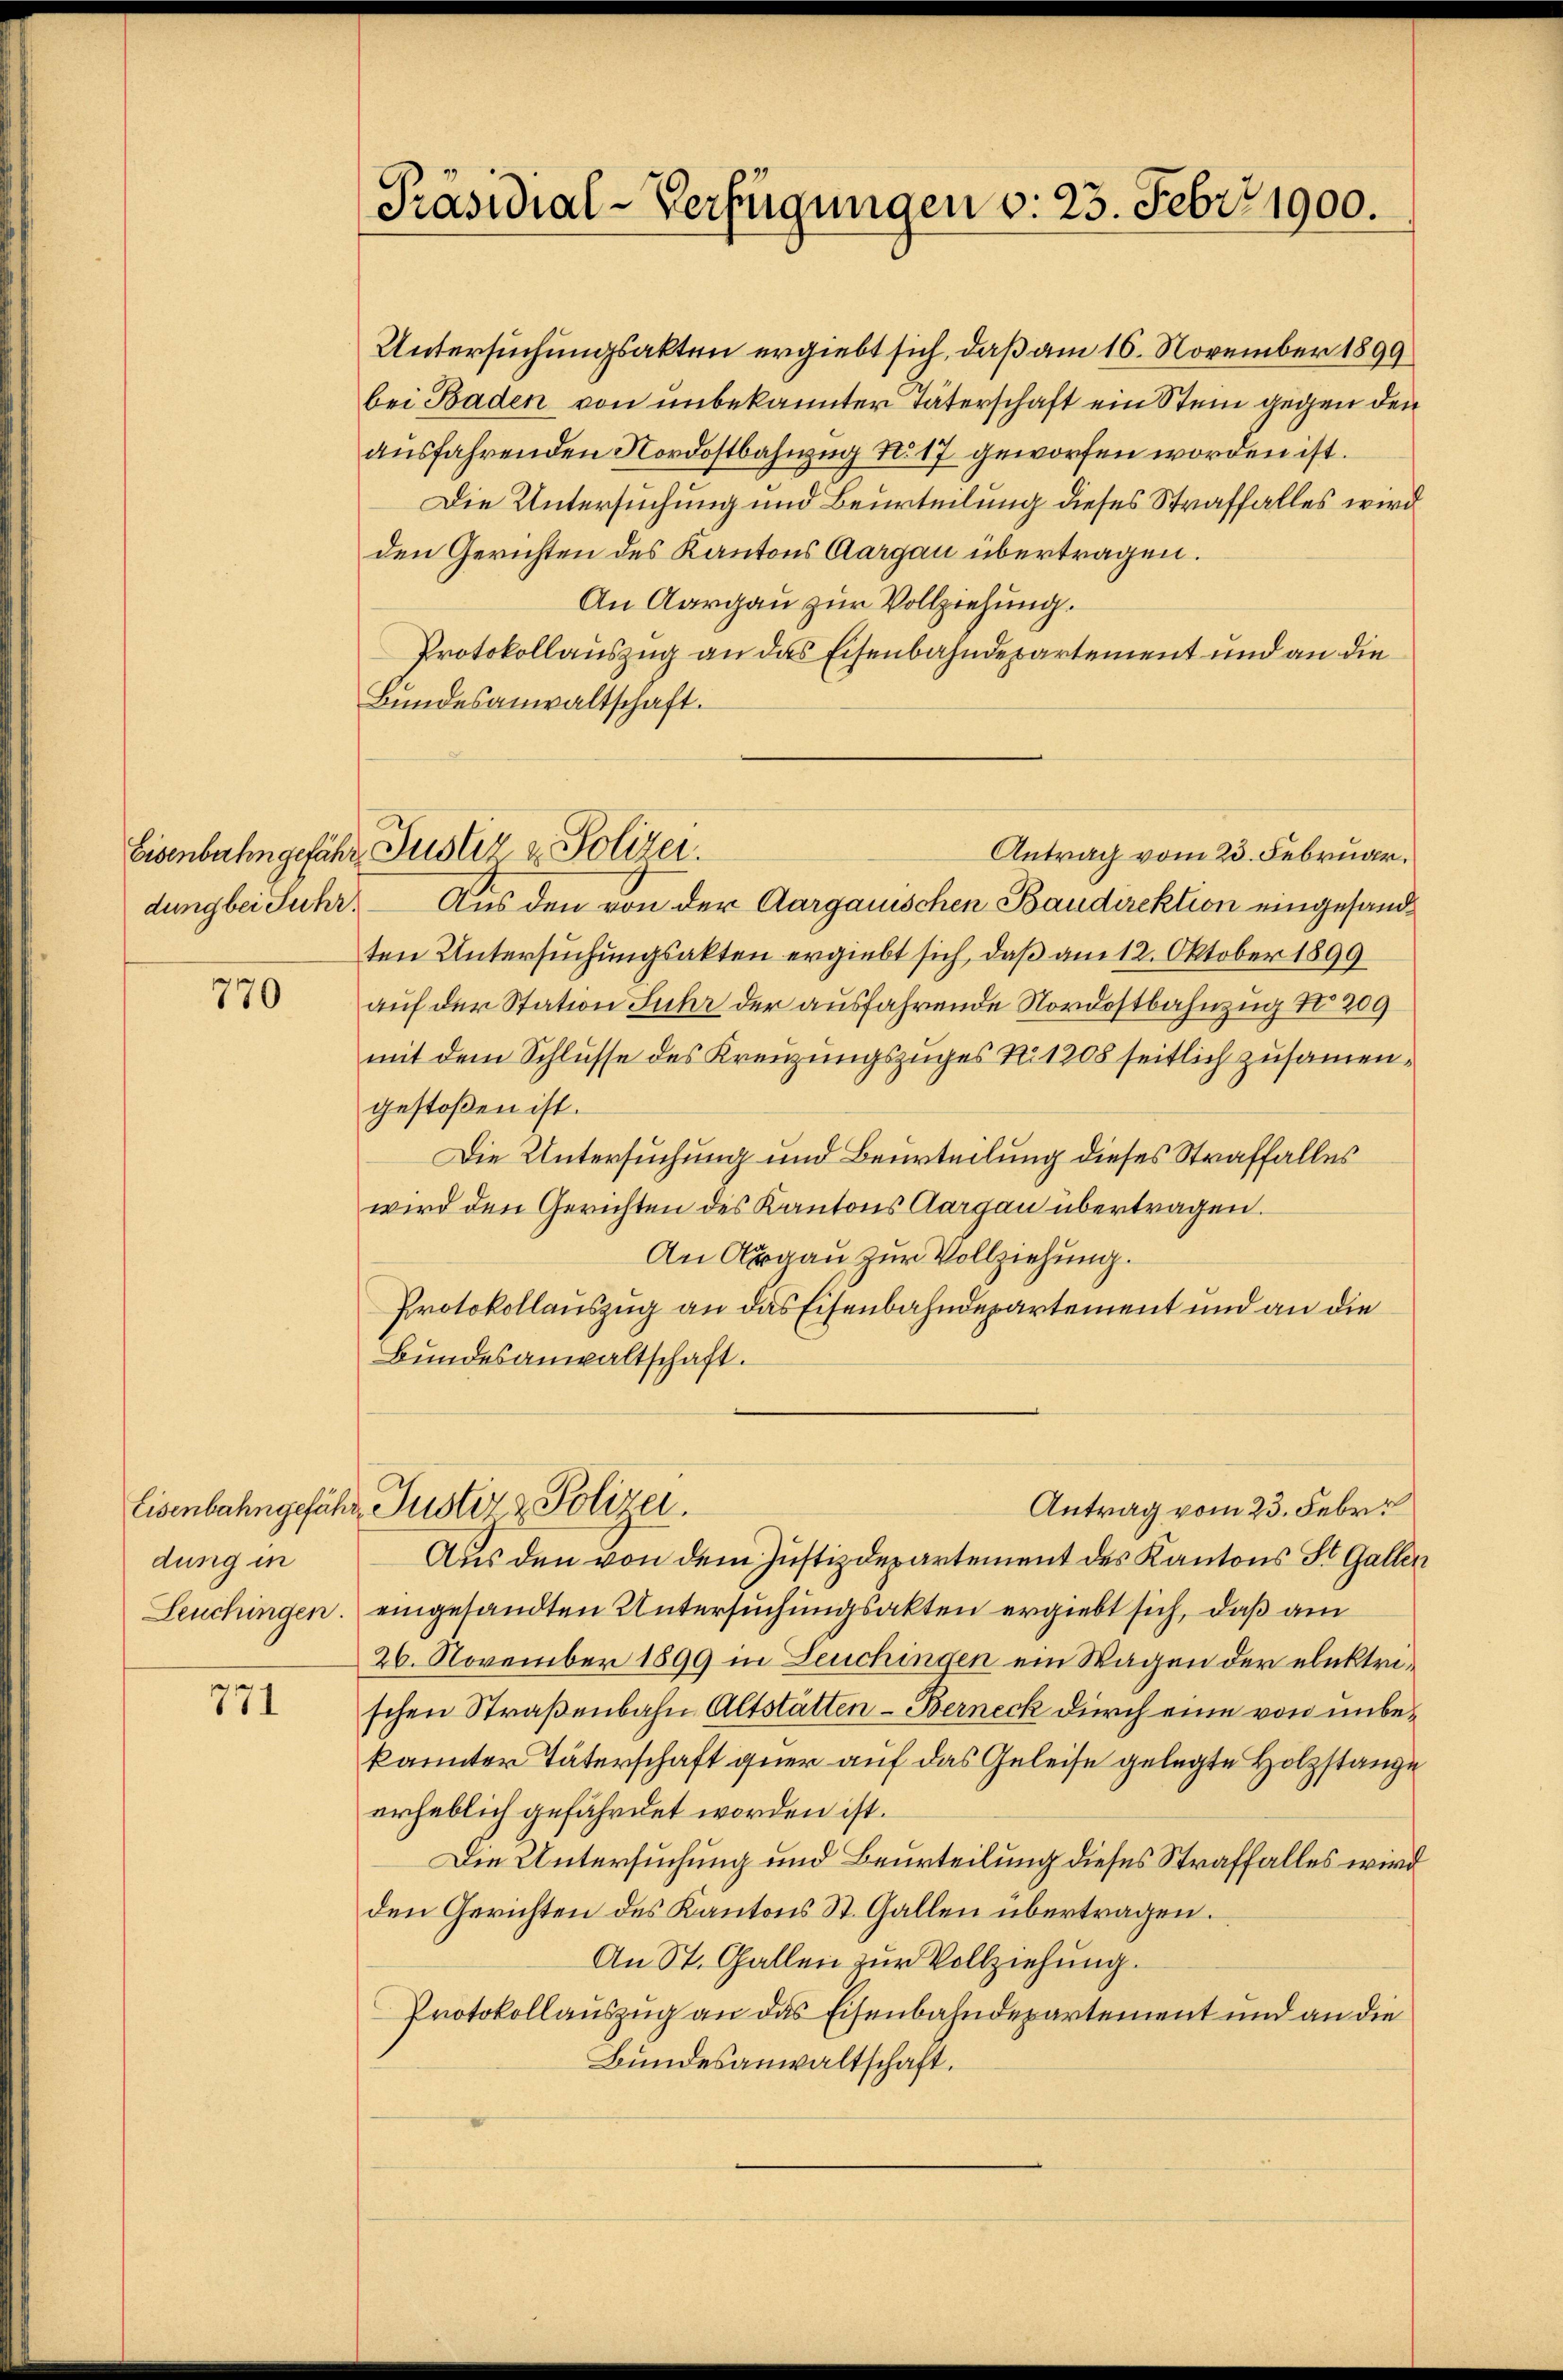
dung bei Fuhr.

770

Eisenbahngeführ
dung in
Leuchingen.

771

Präsidial-Verfügungen v. 23. Febr. 1900.

Untersuchungsakten ergiebt sich, daß am 16. November 1899
bei Baden von unbekannter Täterschaft ein Stein gegen den
ausfahrenden Nordostbahnzug No 17 geworfen worden ist.
Die Untersuchung und Beurteilung dieses Straffalles wird
den Gerichten des Kantons Aargau übertragen.
An Aargau zur Vollziehung.
Protokollauszug an das Eisenbahndepartement und an die
Bundesanwaltschaft.
Antrag vom 23. Februar.
Aus den von der Aargauischen Baudirektion eingesandten Untersuchungsakten ergiebt sich, daß am 12. Oktober 1899
auf der Station Suhr der ausfahrende Nordostbahnzug No. 209
mit dem Schlusse des Kreuzungszuges No 1208 seitlich zusammengestoßen ist.
Die Untersuchung und Beurteilung dieses Straffalles
wird den Gerichten des Kantons Aargau übertragen.
An Argau zur Vollziehung.
Protokollauszug an das Eisenbahndepartement und an die
Bundesanwaltschaft.
Justiz & Polizei.
Antrag vom 23. Febr.
Aus den von dem Justizdepartement des Kantons St. Galler
eingesandten Untersuchungsakten ergiebt sich, daß am
26. November 1899 in Leuchingen ein Wagen der elektrischen Straßenbahn Altstätten-Berneck durch eine von unbekannter Täterschaft guer auf das Geleise gelegte Holzstange
erheblich gefährdet worden ist.
Die Untersuchung und Beurteilung dieses Straffalles wird
den Gerichten des Kantons St. Gallen übertragen.
An St. Gallen zur Vollziehung.
Protokollauszug an das Eisenbahndepartement und an die
Bundesanwaltschaft.

Eisenbahngefähr Justiz & Polizei.